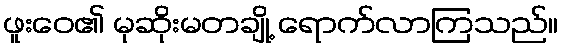
ဖူးဝေ၏ မုဆိုးမတချို့ ရောက်လာကြသည်။